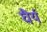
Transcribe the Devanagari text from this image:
घैर्य